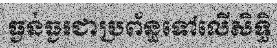
ធ្ងន់ធ្ងរជាប្រព័ន្ធទៅលើសិទ្ធិ